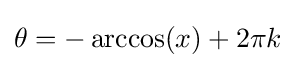
\theta =-\arccos(x)+2\pi k